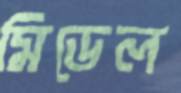
মিডেল